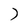
Character: J